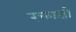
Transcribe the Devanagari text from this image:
रक्ताक्षी